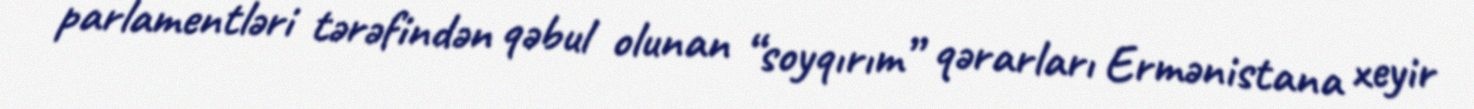
parlamentləri tərəfindən qəbul olunan “soyqırım” qərarları Ermənistana xeyir